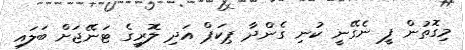
މިގޮތުން ފީ ނެގޭނީ ކުނި ގެންދާ ޕިކަޕް އަދި ލޮރީގެ ޓަނޭޖަށް ބަލައި